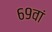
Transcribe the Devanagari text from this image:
६९वां